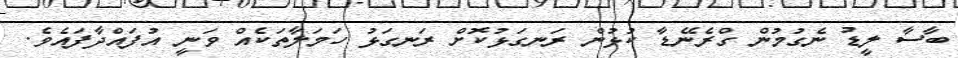
ބާސާ ލީޑު ނެގުމުން ގްރެނޭޑާ ކުޅުން ރަނގަޅުކޮށް ރަނގަޅު ހަމަލާތަކެއް ވަނީ އުފައްދާފައެވެ.